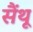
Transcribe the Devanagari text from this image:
सैंथू